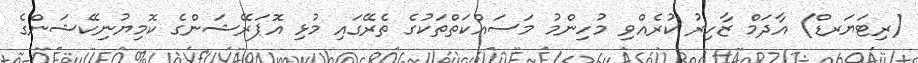
(ރިޓަޔަރޑް) އާދަމް ޒާހިރު ކުރެއްވި މުހިންމު މަސައްކަތްތަކުގެ ތެރޭގައި މުޅި އޮޕަރޭޝަންގެ ކޮމިޔުނިކޭޝަންގެ